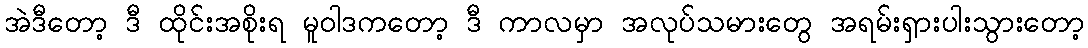
အဲဒီတော့ ဒီ ထိုင်းအစိုးရ မူဝါဒကတော့ ဒီ ကာလမှာ အလုပ်သမားတွေ အရမ်းရှားပါးသွားတော့